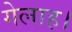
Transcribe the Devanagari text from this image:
गेलाह।